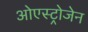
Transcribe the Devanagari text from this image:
ओएस्ट्रोजेन